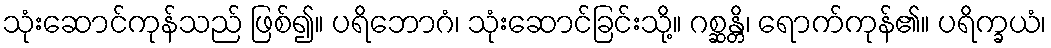
သုံးဆောင်ကုန်သည် ဖြစ်၍။ ပရိဘောဂံ၊ သုံးဆောင်ခြင်းသို့။ ဂစ္ဆန္တိ၊ ရောက်ကုန်၏။ ပရိက္ခယံ၊